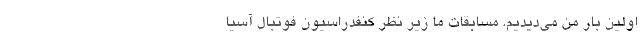
اولین بار من می‌دیدیم. مسابقات ما زیر نظر کنفدراسیون فوتبال آسیا